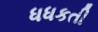
ધધકતી